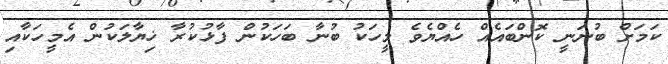
ކަމަށް ބުނަނީ ކޮންބައެއް ހެއްޔެވެ މީހަކު ބުނާ ބަހަކުން ފާޅުކުރާ ޚިޔާލަކުން އެމީހަކާއި